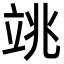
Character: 𥩼